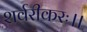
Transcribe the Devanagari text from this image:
शर्वरीकरः।।